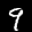
Label: 9